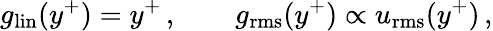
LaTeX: g_{\mathrm{lin}}(y^{+})=y^{+}\, ,\qquad g_{\mathrm{rms}}(y^{+})\propto u_{\mathrm{rms}}(y^{+})\, ,